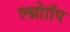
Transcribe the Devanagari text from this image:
ल्थ्रोाॉप